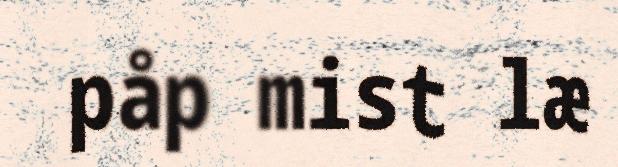
påp mist læ